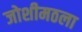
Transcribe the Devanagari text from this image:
जोशीमठला